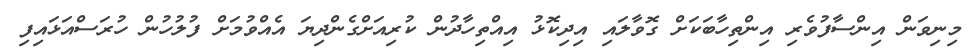
މިނިވަން އިންސާފުވެރި އިންތިހާބަކަށް ގޮވާލައި އިދިކޮޅު އިއްތިހާދުން ކުރިއަށްގެންދިޔަ އެއްވުމަށް ފުލުހުން ހުރަސްއަޅައިފި